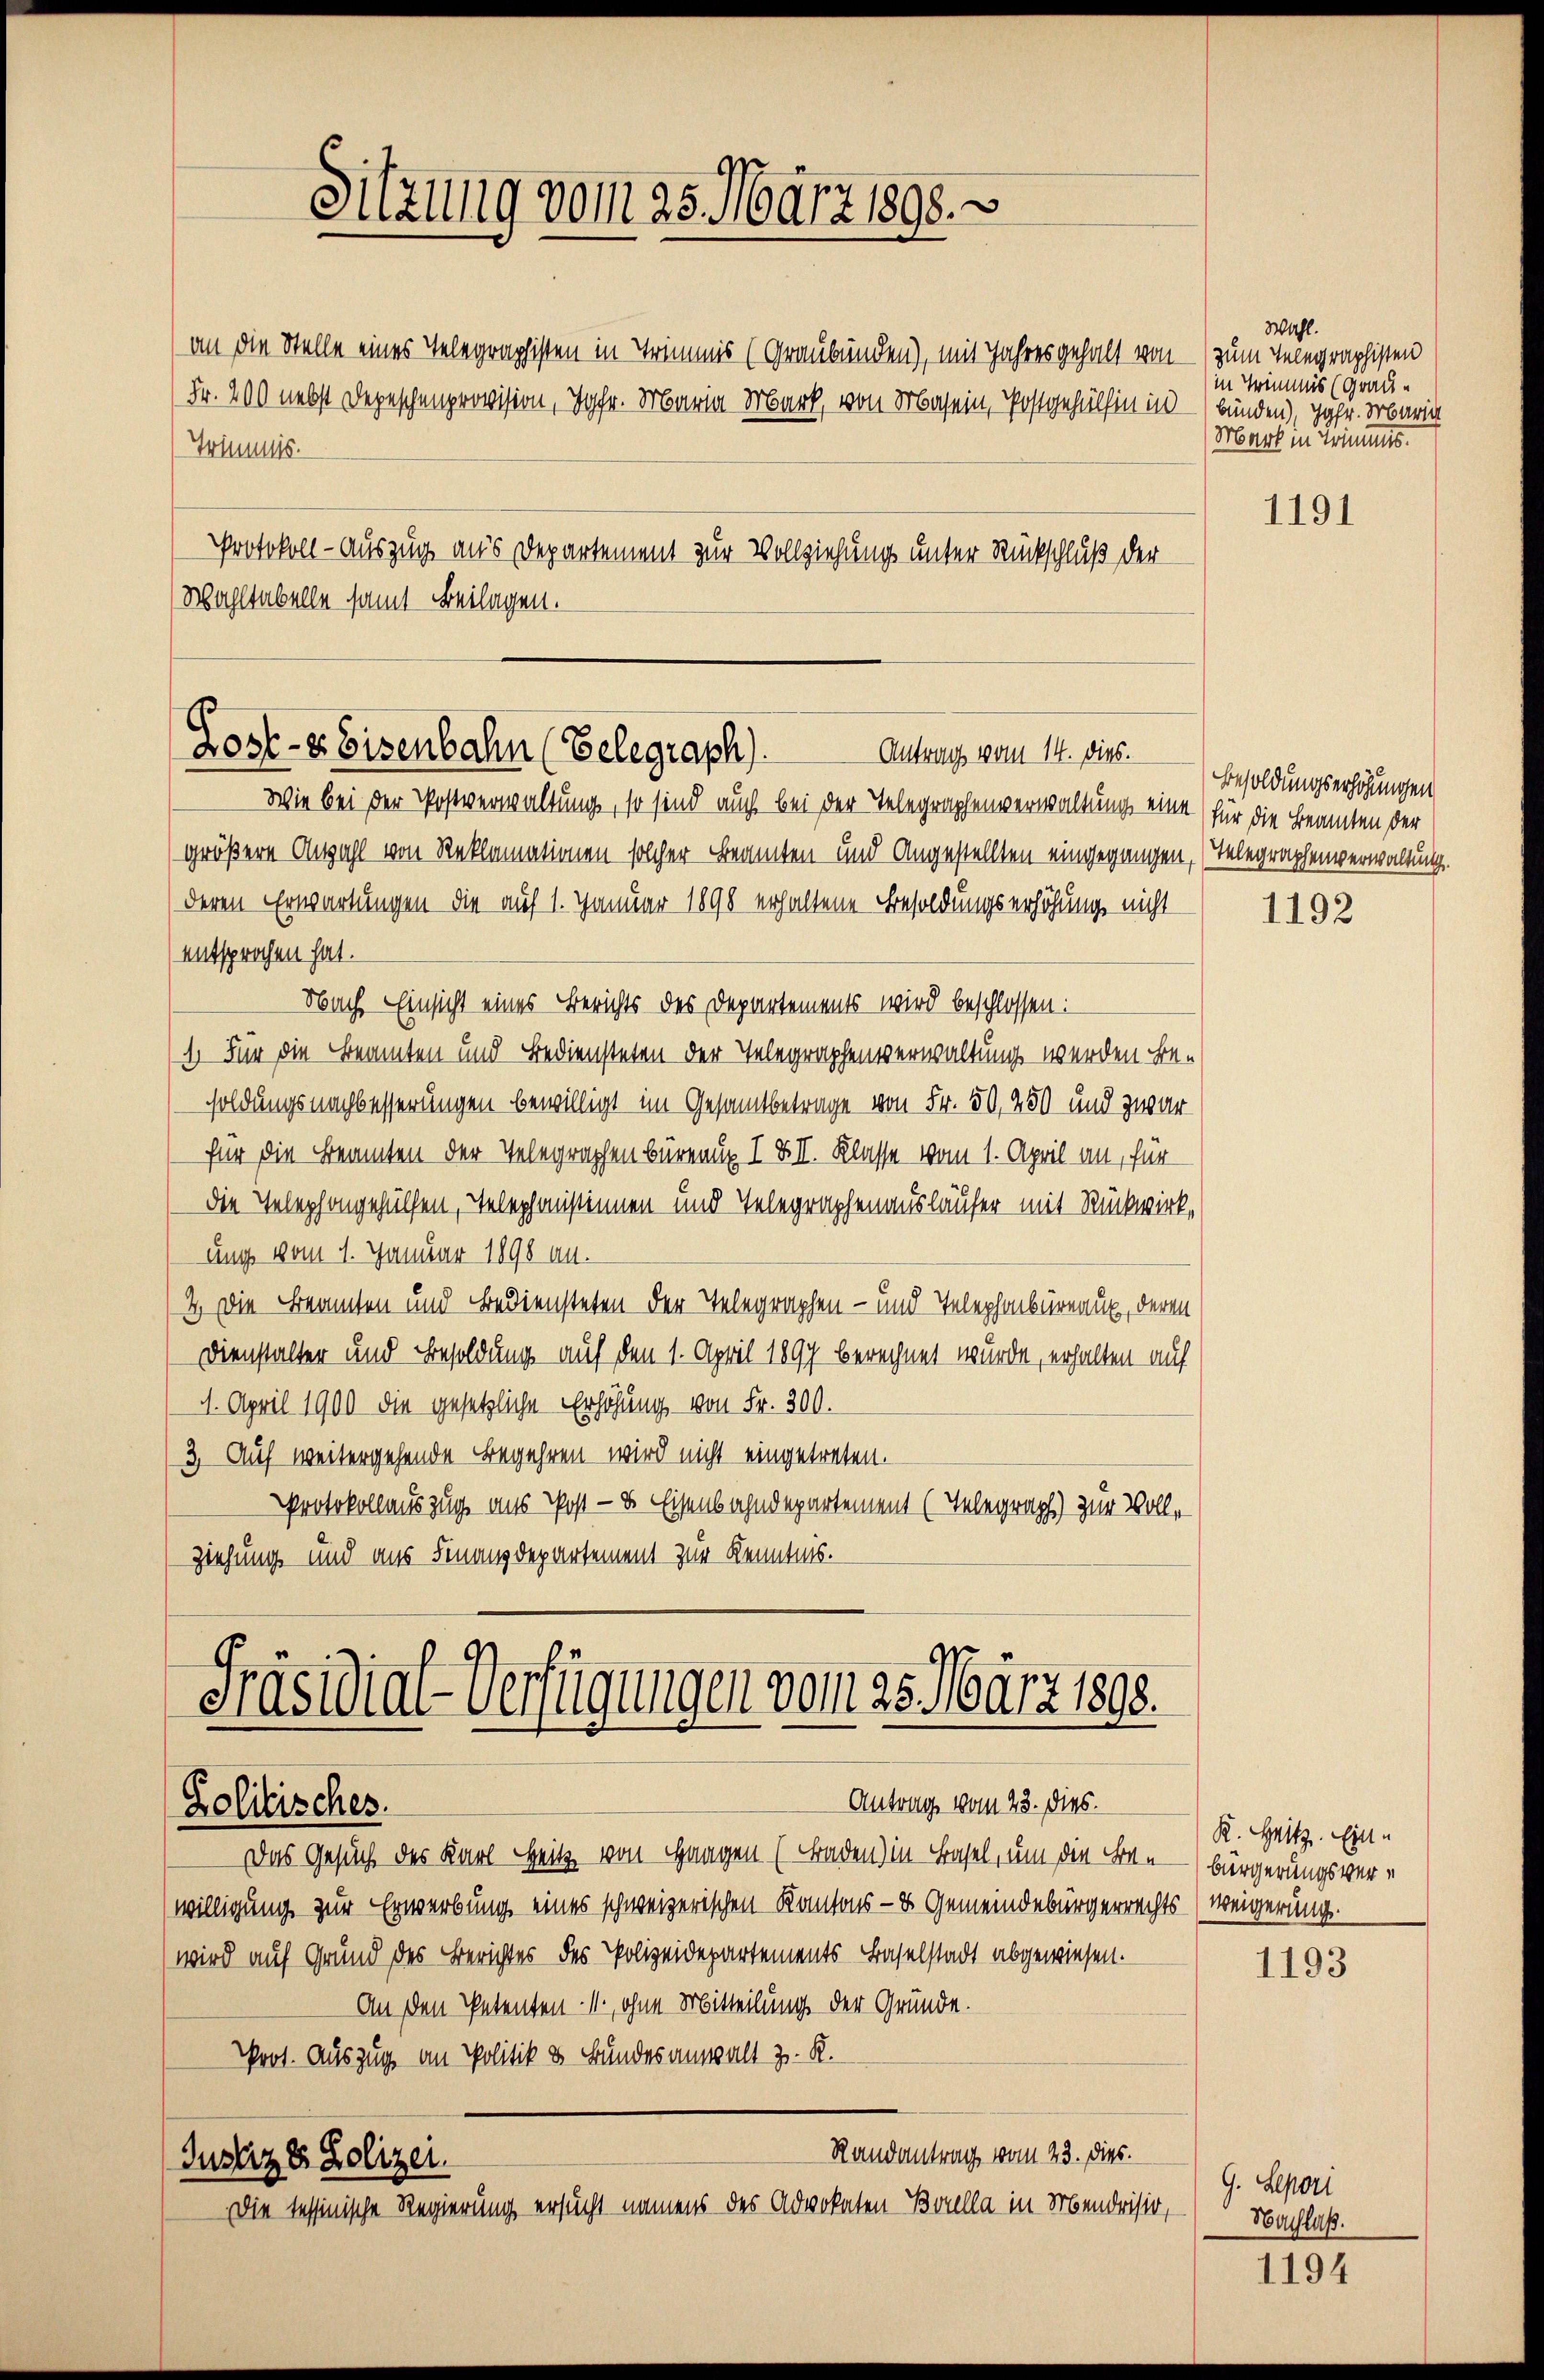
Sitzung vom 25. März 1898.

Trimmnis.

(an die Stelle eines Telegraphisten in Trimmis (Graubünden), mit Jahres gehalt von – (zum Telegraphisten
Fr. 200 nebst Depeschenprovision, Hofr. Maria Mark, von Masein, Postgehülfen in - bunden), jähr. Maria
Protokoll - Auszug aus Departement zur Vollziehung unter Rückschluß der
Wohltabelle samt Beilagen.

Lost- & Eisenbahn (Belegraph).
Antrag vom 14. dies.

Wie bei der Postverwaltung, so sind auch bei der Telegraphenverwaltung eine (für die Beamten der
größere Anzahl von Reklamationen solcher Beamten und Angestellten eingegangen, Telegraphenverwaltung.
deren Erwartungen die auf 1. Januar 1898 erhaltene Besoldungserhöhung nicht
entsprochen hat.
Nach Einsicht eines Berichts des Departements wird beschlossen:
1) Für die Beamten und Bediensteten der Telegraphenverwaltung werden besoldungsnachbesserungen bewilligt im Gesamtbetrage von Fr. 50, 450 und zwar
für die Beamten der Telegraphenbüreaux I XII. Klasse vom 1. April an, für
die Telephongehülfen, Telephonstinnen und Telegraphenausläufer mit Rückwirkung vom 1. Januar 1898 an.
2.) Die Beamten und Bediensteten der Telegraphen- und Telephonbüreaux, deren
Dienstalter und Besoldung auf den 1. April 1897 berechnet wurde, erhalten auf
1. April 1900 die gesetzliche Erhöhung von Fr. 300.
3. Auf weitergehende Begehren wird nicht eingetreten.
Protokollauszug aus Post- & Eisenbahndepartement (Telegraph) zur Vollziehung und aus Finanzdepartement zur Kenntnis.

Präsidial-Verfügungen vom 25. März 1890.
Antrag vom 23. Dies
Zolitisches.

Das Gesuch des Karl Heitz von Gangen (Baden) in Basel, um die Be-
(willigung zur Erwerbung eines schweizerischen Kantons- & Gemeindebürgerrechts (weigerung.
wird auf Grund des Berichtes des Polizeidepartements Baselstadt abgewiesen.
An den Petenten-V., ohne Mitteilung der Gründe.
Prot. Auszug an Politik & Bundesanwalt z. R.
Randantrag vom 23. dies.
Justiz & Polizei.
Die tessinische Regierung ersucht namens des Advokaten Borella in Mendrisio,

Wahl.
in Trimmis (Grau¬
Mark in Trimmes.

1191

Besoldungserhöhungen

1192

R. Heitz. Ein-
bürgerungsver¬

1193

G. Sepori
Nachlaß.

1194